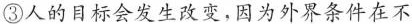
③人的目标会发生改变，因为外界条件在不